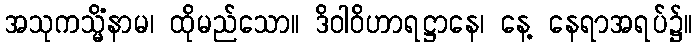
အသုကသ္မိံနာမ၊ ထိုမည်သော။ ဒိဝါဝိဟာရဋ္ဌာနေ၊ နေ့ နေရာအရပ်၌။